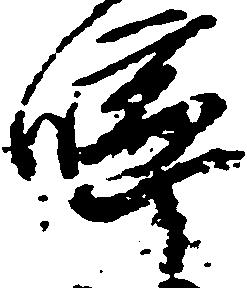
嚀